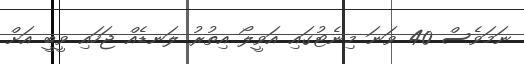
ނަމަވެސް 40 ވަނަ މިނެޓުގައި އަވީލޯ އިތުރު ލަނޑެއް ޖަހައި ވީބީ އަށް